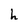
Character: h